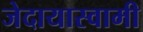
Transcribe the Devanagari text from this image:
जेदायास्वामी